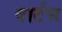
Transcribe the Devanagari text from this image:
वार्टस